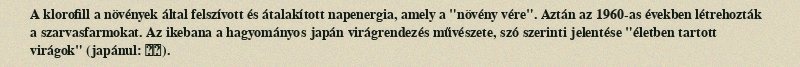
A klorofill a növények által felszívott és átalakított napenergia, amely a "növény vére". Aztán az 1960-as években létrehozták a szarvasfarmokat. Az ikebana a hagyományos japán virágrendezés művészete, szó szerinti jelentése "életben tartott virágok" (japánul: 生花).